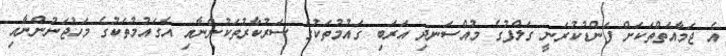
އެ ޖަމާއަތްތަކަށް ފަންޑުކުރަނީ ގަލްފުގެ މުއްސަނދި އަރަބި ގައުމުތަކުގެ ސަރުކާރުތަކުންނާއި އެގައުމުތަކުގެ މަހުޖަނުންނާއި